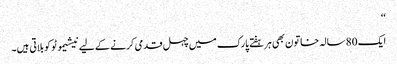
‘‘
ایک 80 سالہ خاتون بھی ہر ہفتے پارک میں چہل قدمی کرنے کے لیے نیشیموٹو کو بلاتی ہیں۔